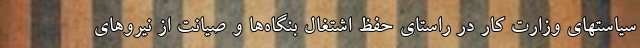
سیاستهای وزارت کار در راستای حفظ اشتغال بنگاه‌ها و صیانت از نیروهای